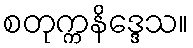
စတုက္ကနိဒ္ဒေသ။